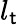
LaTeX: l_{\mathsf{t}}